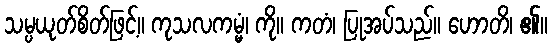
သမ္ပယုတ်စိတ်ဖြင့်။ ကုသလကမ္မံ၊ ကို။ ကတံ၊ ပြုအပ်သည်။ ဟောတိ၊ ၏။